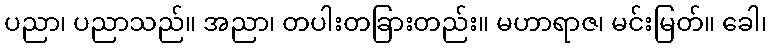
ပညာ၊ ပညာသည်။ အညာ၊ တပါးတခြားတည်း။ မဟာရာဇ၊ မင်းမြတ်။ ခေါ၊